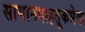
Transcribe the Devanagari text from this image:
सामानवाहतूकसेवा